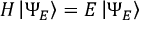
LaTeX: H \left| \Psi _ { E } \right\rangle = E \left| \Psi _ { E } \right\rangle